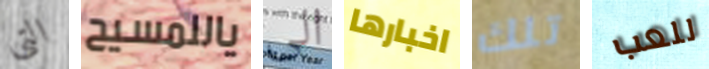
التي ياللمسيح الى اخبارها تلك للعب